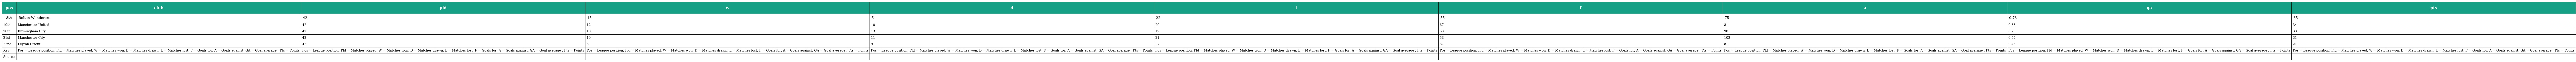
| pos | club | pld | w | d | l | f | a | ga | pts |
 | --- | --- | --- | --- | --- | --- | --- | --- | --- | --- |
 | 18th | Bolton Wanderers | 42 | 15 | 5 | 22 | 55 | 75 | 0.73 | 35 |
 | 19th | Manchester United | 42 | 12 | 10 | 20 | 67 | 81 | 0.83 | 34 |
 | 20th | Birmingham City | 42 | 10 | 13 | 19 | 63 | 90 | 0.70 | 33 |
 | 21st | Manchester City | 42 | 10 | 11 | 21 | 58 | 102 | 0.57 | 31 |
 | 22nd | Leyton Orient | 42 | 6 | 9 | 27 | 37 | 81 | 0.46 | 21 |
 | Key | Pos = League position; Pld = Matches played; W = Matches won; D = Matches drawn; L = Matches lost; F = Goals for; A = Goals against; GA = Goal average ; Pts = Points | Pos = League position; Pld = Matches played; W = Matches won; D = Matches drawn; L = Matches lost; F = Goals for; A = Goals against; GA = Goal average ; Pts = Points | Pos = League position; Pld = Matches played; W = Matches won; D = Matches drawn; L = Matches lost; F = Goals for; A = Goals against; GA = Goal average ; Pts = Points | Pos = League position; Pld = Matches played; W = Matches won; D = Matches drawn; L = Matches lost; F = Goals for; A = Goals against; GA = Goal average ; Pts = Points | Pos = League position; Pld = Matches played; W = Matches won; D = Matches drawn; L = Matches lost; F = Goals for; A = Goals against; GA = Goal average ; Pts = Points | Pos = League position; Pld = Matches played; W = Matches won; D = Matches drawn; L = Matches lost; F = Goals for; A = Goals against; GA = Goal average ; Pts = Points | Pos = League position; Pld = Matches played; W = Matches won; D = Matches drawn; L = Matches lost; F = Goals for; A = Goals against; GA = Goal average ; Pts = Points | Pos = League position; Pld = Matches played; W = Matches won; D = Matches drawn; L = Matches lost; F = Goals for; A = Goals against; GA = Goal average ; Pts = Points | Pos = League position; Pld = Matches played; W = Matches won; D = Matches drawn; L = Matches lost; F = Goals for; A = Goals against; GA = Goal average ; Pts = Points |
 | Source |  |  |  |  |  |  |  |  |  |